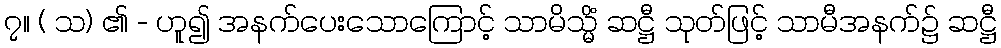
၇။ ( သ) ၏ - ဟူ၍ အနက်ပေးသောကြောင့် သာမိသ္မိံ ဆဋ္ဌီ သုတ်ဖြင့် သာမီအနက်၌ ဆဋ္ဌီ